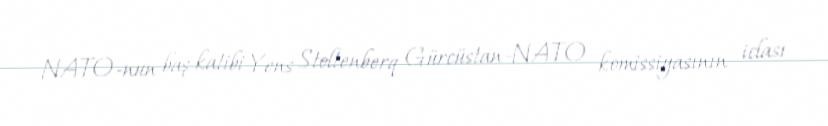
NATO-nun baş katibi Yens Stoltenberq Gürcüstan-NATO komissiyasının iclası